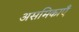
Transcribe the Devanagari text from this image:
असमिकाएँ